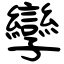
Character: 孿